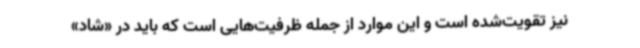
نیز تقویت‌شده است و این موارد از جمله ظرفیت‌هایی است که باید در «شاد»